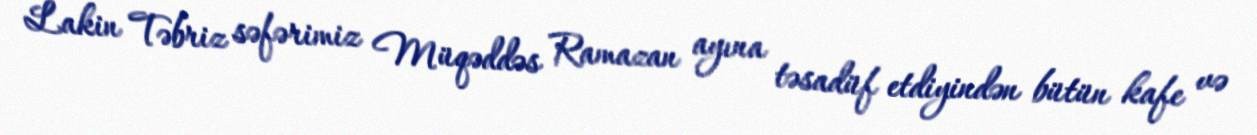
Lakin Təbriz səfərimiz Müqəddəs Ramazan ayına təsadüf etdiyindən bütün kafe və